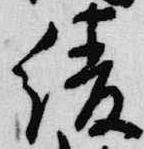
綾